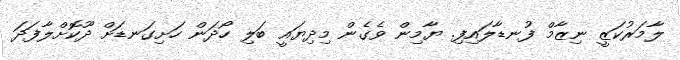
ލާމަރުކަޒީ ނިޒާމް ފުނޑާލައިފި. ޔާމިން ވެގެން މިދިޔައީ ބަލި ހޯދަން ހަށިގަނޑަށް ދޫކޮށްލާފަދަ